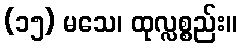
(၁၅) မသေ၊ ထုလ္လစ္စည်း။